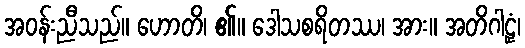
အဝန်းညီသည်။ ဟောတိ၊ ၏။ ဒေါသစရိတဿ၊ အား။ အတိဂါဠှံ၊